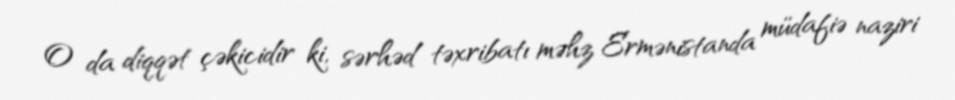
O da diqqət çəkicidir ki, sərhəd təxribatı məhz Ermənistanda müdafiə naziri